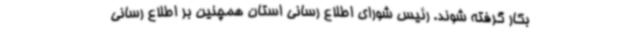
بکار گرفته شوند. رئیس شورای اطلاع رسانی استان همچنین بر اطلاع رسانی